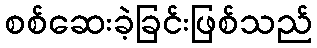
စစ်ဆေးခဲ့ခြင်းဖြစ်သည်